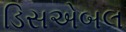
ડિસએબલ